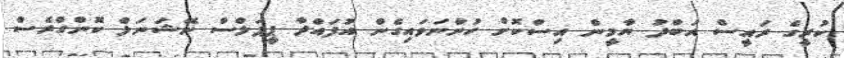
ކުރީގެ ރައީސް އަބްދު ޔާމީން އިސްކޮށް ހުންނަވައިގެން އުފައްދާ ޕީޕަލްސް ނޭޝަނަލް ކޮންގްރެސް